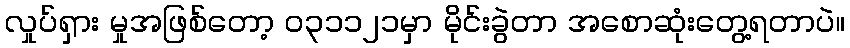
လှုပ်ရှား မှုအဖြစ်တော့ ၀၃၁၁၂၁မှာ မိုင်းခွဲတာ အစောဆုံးတွေ့ရတာပဲ။